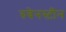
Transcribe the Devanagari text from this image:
रुबेनस्टीन